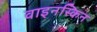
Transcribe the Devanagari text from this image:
वाइनस्किन